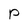
Character: p